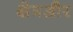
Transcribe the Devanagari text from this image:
क्षेत्रऔर